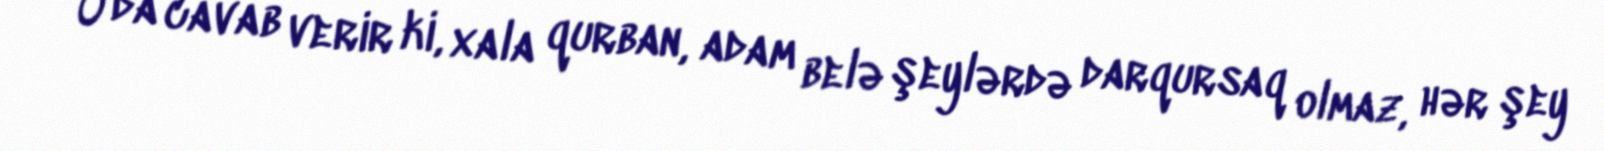
O da cavab verir ki, xala qurban, adam belə şeylərdə darqursaq olmaz, hər şey